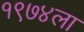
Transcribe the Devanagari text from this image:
१९७४ला